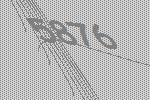
5876